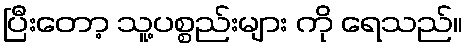
ပြီးတော့ သူ့ပစ္စည်းများ ကို ရေသည်။